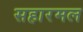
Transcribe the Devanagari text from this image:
सहारमल